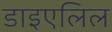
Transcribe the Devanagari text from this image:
डाइएलिल